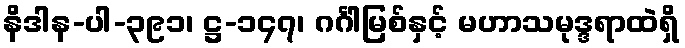
နိဒါန-ပါ-၃၉၁၊ ဋ္ဌ-၁၄၇၊ ဂင်္ဂါမြစ်နှင့် မဟာသမုဒ္ဒရာထဲရှိ